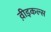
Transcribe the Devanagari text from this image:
व़ीइकल्स